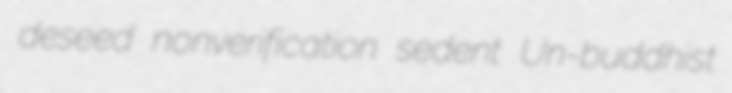
deseed nonverification sedent Un-buddhist